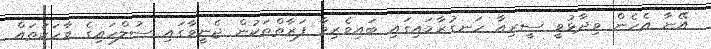
އޭނާ އެހެން ވިދާޅުވީ ސީރިއާ ހަނގުރާމައިގައި ބައިވެރިވާ ފަރާތްތަކުން ޖެނީވާގައި ސުލްހައިގެ ވާހަކަތައް